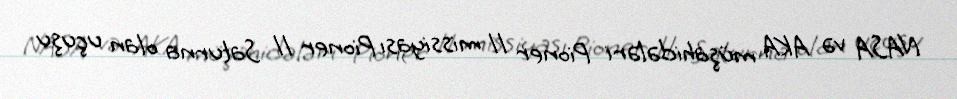
NASA və AKA müşahidələri Pioner 11 missiyası Pioner 11 Saturna olan uçuşu